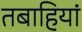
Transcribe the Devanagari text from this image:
तबाहियां